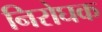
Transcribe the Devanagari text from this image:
निरोघक